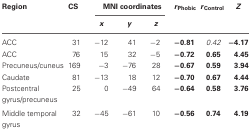
<table><thead><tr><td><b>Region</b></td><td><b>CS</b></td><td colspan="3"><b>MNI coordinates</b></td><td><b><i>r</i><sub>Phobic</sub></b></td><td><b><i>r</i><sub>Control</sub></b></td><td><b><i>Z</i></b></td></tr><tr><td></td><td></td><td><b><i>x</i></b></td><td><b><i>y</i></b></td><td><b><i>z</i></b></td><td></td><td></td><td></td></tr></thead><tbody><tr><td>ACC</td><td>31</td><td>−12</td><td>41</td><td>−2</td><td><b>−0.81</b></td><td><i>0.42</i></td><td><b>−4.17</b></td></tr><tr><td>ACC</td><td>76</td><td>15</td><td>32</td><td>−5</td><td><b>−0.72</b></td><td><b>0.65</b></td><td><b>4.45</b></td></tr><tr><td>Precuneus/cuneus</td><td>169</td><td>−3</td><td>−76</td><td>28</td><td><b>−0.67</b></td><td><b>0.59</b></td><td><b>3.94</b></td></tr><tr><td>Caudate</td><td>81</td><td>−13</td><td>18</td><td>12</td><td><b>−0.70</b></td><td><b>0.67</b></td><td><b>4.44</b></td></tr><tr><td>Postcentral gyrus/precuneus</td><td>25</td><td>0</td><td>−49</td><td>64</td><td><b>−0.64</b></td><td><b>0.58</b></td><td><b>3.76</b></td></tr><tr><td>Middle temporal gyrus</td><td>32</td><td>−45</td><td>−61</td><td>10</td><td><b>−0.56</b></td><td><b>0.74</b></td><td><b>4.19</b></td></tr></tbody></table>